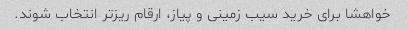
خواهشا برای خرید سیب زمینی و پیاز، ارقام ریزتر انتخاب شوند.